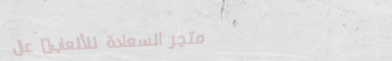
متجر السعادة للألعاب: عال